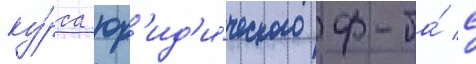
ку́рса юр'ид'и́ческого ф-та́ с